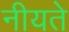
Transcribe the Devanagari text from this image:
नीयते